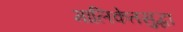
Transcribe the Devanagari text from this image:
मालिकेतसुद्धा